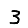
Digit: 3